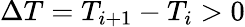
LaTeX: \Delta T=T_{i+1}-T_{i}>0